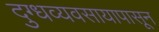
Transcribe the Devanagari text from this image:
दुग्धव्यवसायापासून